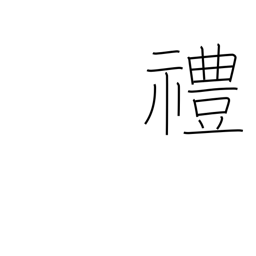
Meaning: rites